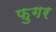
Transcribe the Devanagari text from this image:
फुगर